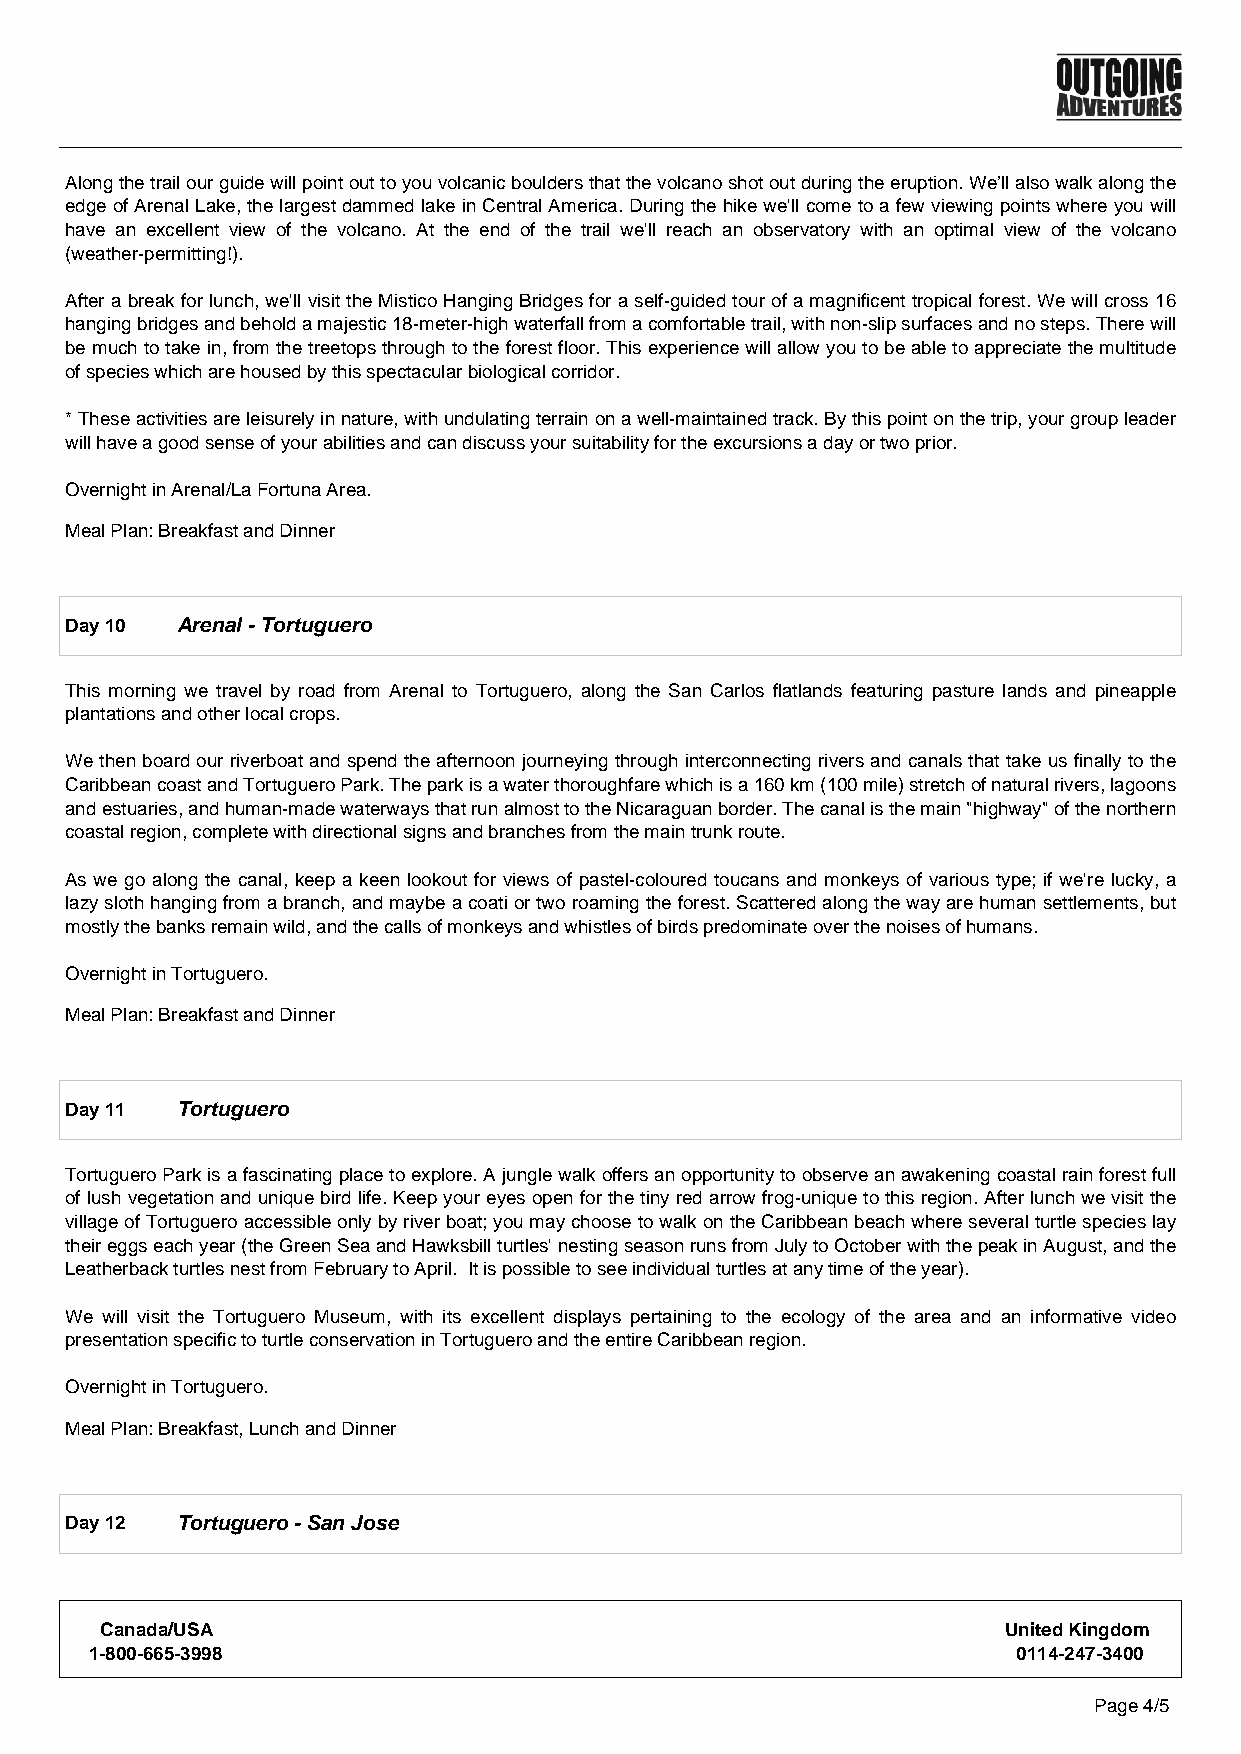
Along the trail our guide will point out to you volcanic boulders that the volcano shot out during the eruption. We’ll also walk along the
 edge of Arenal Lake, the largest dammed lake in Central America. During the hike we'll come to a few viewing points where you will
 have an excellent view of the volcano. At the end of the trail we'll reach an observatory with an optimal view of the volcano
 (weather-permitting!).
 After a break for lunch, we'll visit the Mistico Hanging Bridges for a self-guided tour of a magnificent tropical forest. We will cross 16
 hanging bridges and behold a majestic 18-meter-high waterfall from a comfortable trail, with non-slip surfaces and no steps. There will
 be much to take in, from the treetops through to the forest floor. This experience will allow you to be able to appreciate the multitude
 of species which are housed by this spectacular biological corridor.
 * These activities are leisurely in nature, with undulating terrain on a well-maintained track. By this point on the trip, your group leader
 will have a good sense of your abilities and can discuss your suitability for the excursions a day or two prior.
 Overnight in Arenal/La Fortuna Area.
 Meal Plan: Breakfast and Dinner
 Day 10  Arenal - Tortuguero
 This morning we travel by road from Arenal to Tortuguero, along the San Carlos flatlands featuring pasture lands and pineapple
 plantations and other local crops.
 We then board our riverboat and spend the afternoon journeying through interconnecting rivers and canals that take us finally to the
 Caribbean coast and Tortuguero Park. The park is a water thoroughfare which is a 160 km (100 mile) stretch of natural rivers, lagoons
 and estuaries, and human-made waterways that run almost to the Nicaraguan border. The canal is the main "highway" of the northern
 coastal region, complete with directional signs and branches from the main trunk route.
 As we go along the canal, keep a keen lookout for views of pastel-coloured toucans and monkeys of various type; if we're lucky, a
 lazy sloth hanging from a branch, and maybe a coati or two roaming the forest. Scattered along the way are human settlements, but
 mostly the banks remain wild, and the calls of monkeys and whistles of birds predominate over the noises of humans.
 Overnight in Tortuguero.
 Meal Plan: Breakfast and Dinner
 Day 11  Tortuguero
 Tortuguero Park is a fascinating place to explore. A jungle walk offers an opportunity to observe an awakening coastal rain forest full
 of lush vegetation and unique bird life. Keep your eyes open for the tiny red arrow frog-unique to this region. After lunch we visit the
 village of Tortuguero accessible only by river boat; you may choose to walk on the Caribbean beach where several turtle species lay
 their eggs each year (the Green Sea and Hawksbill turtles' nesting season runs from July to October with the peak in August, and the
 Leatherback turtles nest from February to April. It is possible to see individual turtles at any time of the year).
 We will visit the Tortuguero Museum, with its excellent displays pertaining to the ecology of the area and an informative video
 presentation specific to turtle conservation in Tortuguero and the entire Caribbean region.
 Overnight in Tortuguero.
 Meal Plan: Breakfast, Lunch and Dinner
 Day 12  Tortuguero - San Jose
 Canada/USA                                                 United Kingdom
 1-800-665-3998                                               0114-247-3400
 Page 4/5